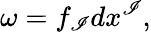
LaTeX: \omega=f_{\mathscr{I}}dx^{\mathscr{I}},